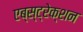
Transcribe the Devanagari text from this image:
एब्स्ट्रेक्शन